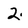
Character: 2